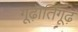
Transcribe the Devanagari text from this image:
गूढ़ातिगूढ़